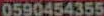
0590454355